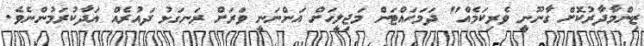
ޒިންމާދާރުކޮށް ގާނޫނީ ވެރިކަމެއް" ދަމަހައްޓަން މަޖިލީހަށް އަންނަނީ ވަރަށް ރަނގަޅު ދައުރެއް އަދާކުރަމުންނެވެ.